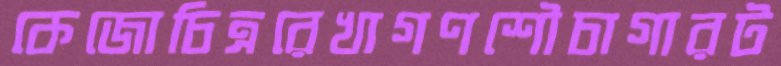
কেজোচিত্ররেখাগণশৌচাগারট